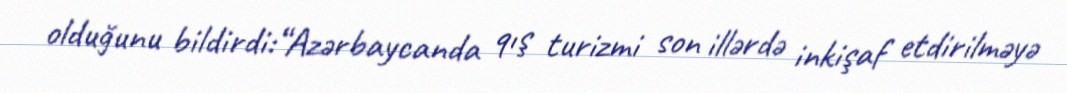
olduğunu bildirdi:“Azərbaycanda qış turizmi son illərdə inkişaf etdirilməyə